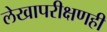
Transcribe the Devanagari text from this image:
लेखापरीक्षणही